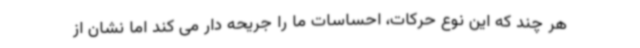
هر چند که این نوع حرکات، احساسات ما را جریحه دار می کند اما نشان از